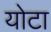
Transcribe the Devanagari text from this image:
योटा